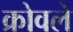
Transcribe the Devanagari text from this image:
क्रोवले